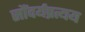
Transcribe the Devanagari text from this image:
सौंदर्यप्रत्यय